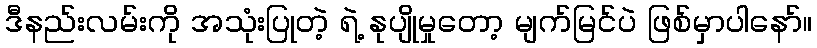
ဒီနည်းလမ်းကို အသုံးပြုတဲ့ ရဲ့ နုပျိုမှုတော့ မျက်မြင်ပဲ ဖြစ်မှာပါနော်။